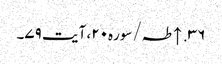
۳۶. ↑ طہ/سوره۲۰، آیت ۷۹۔